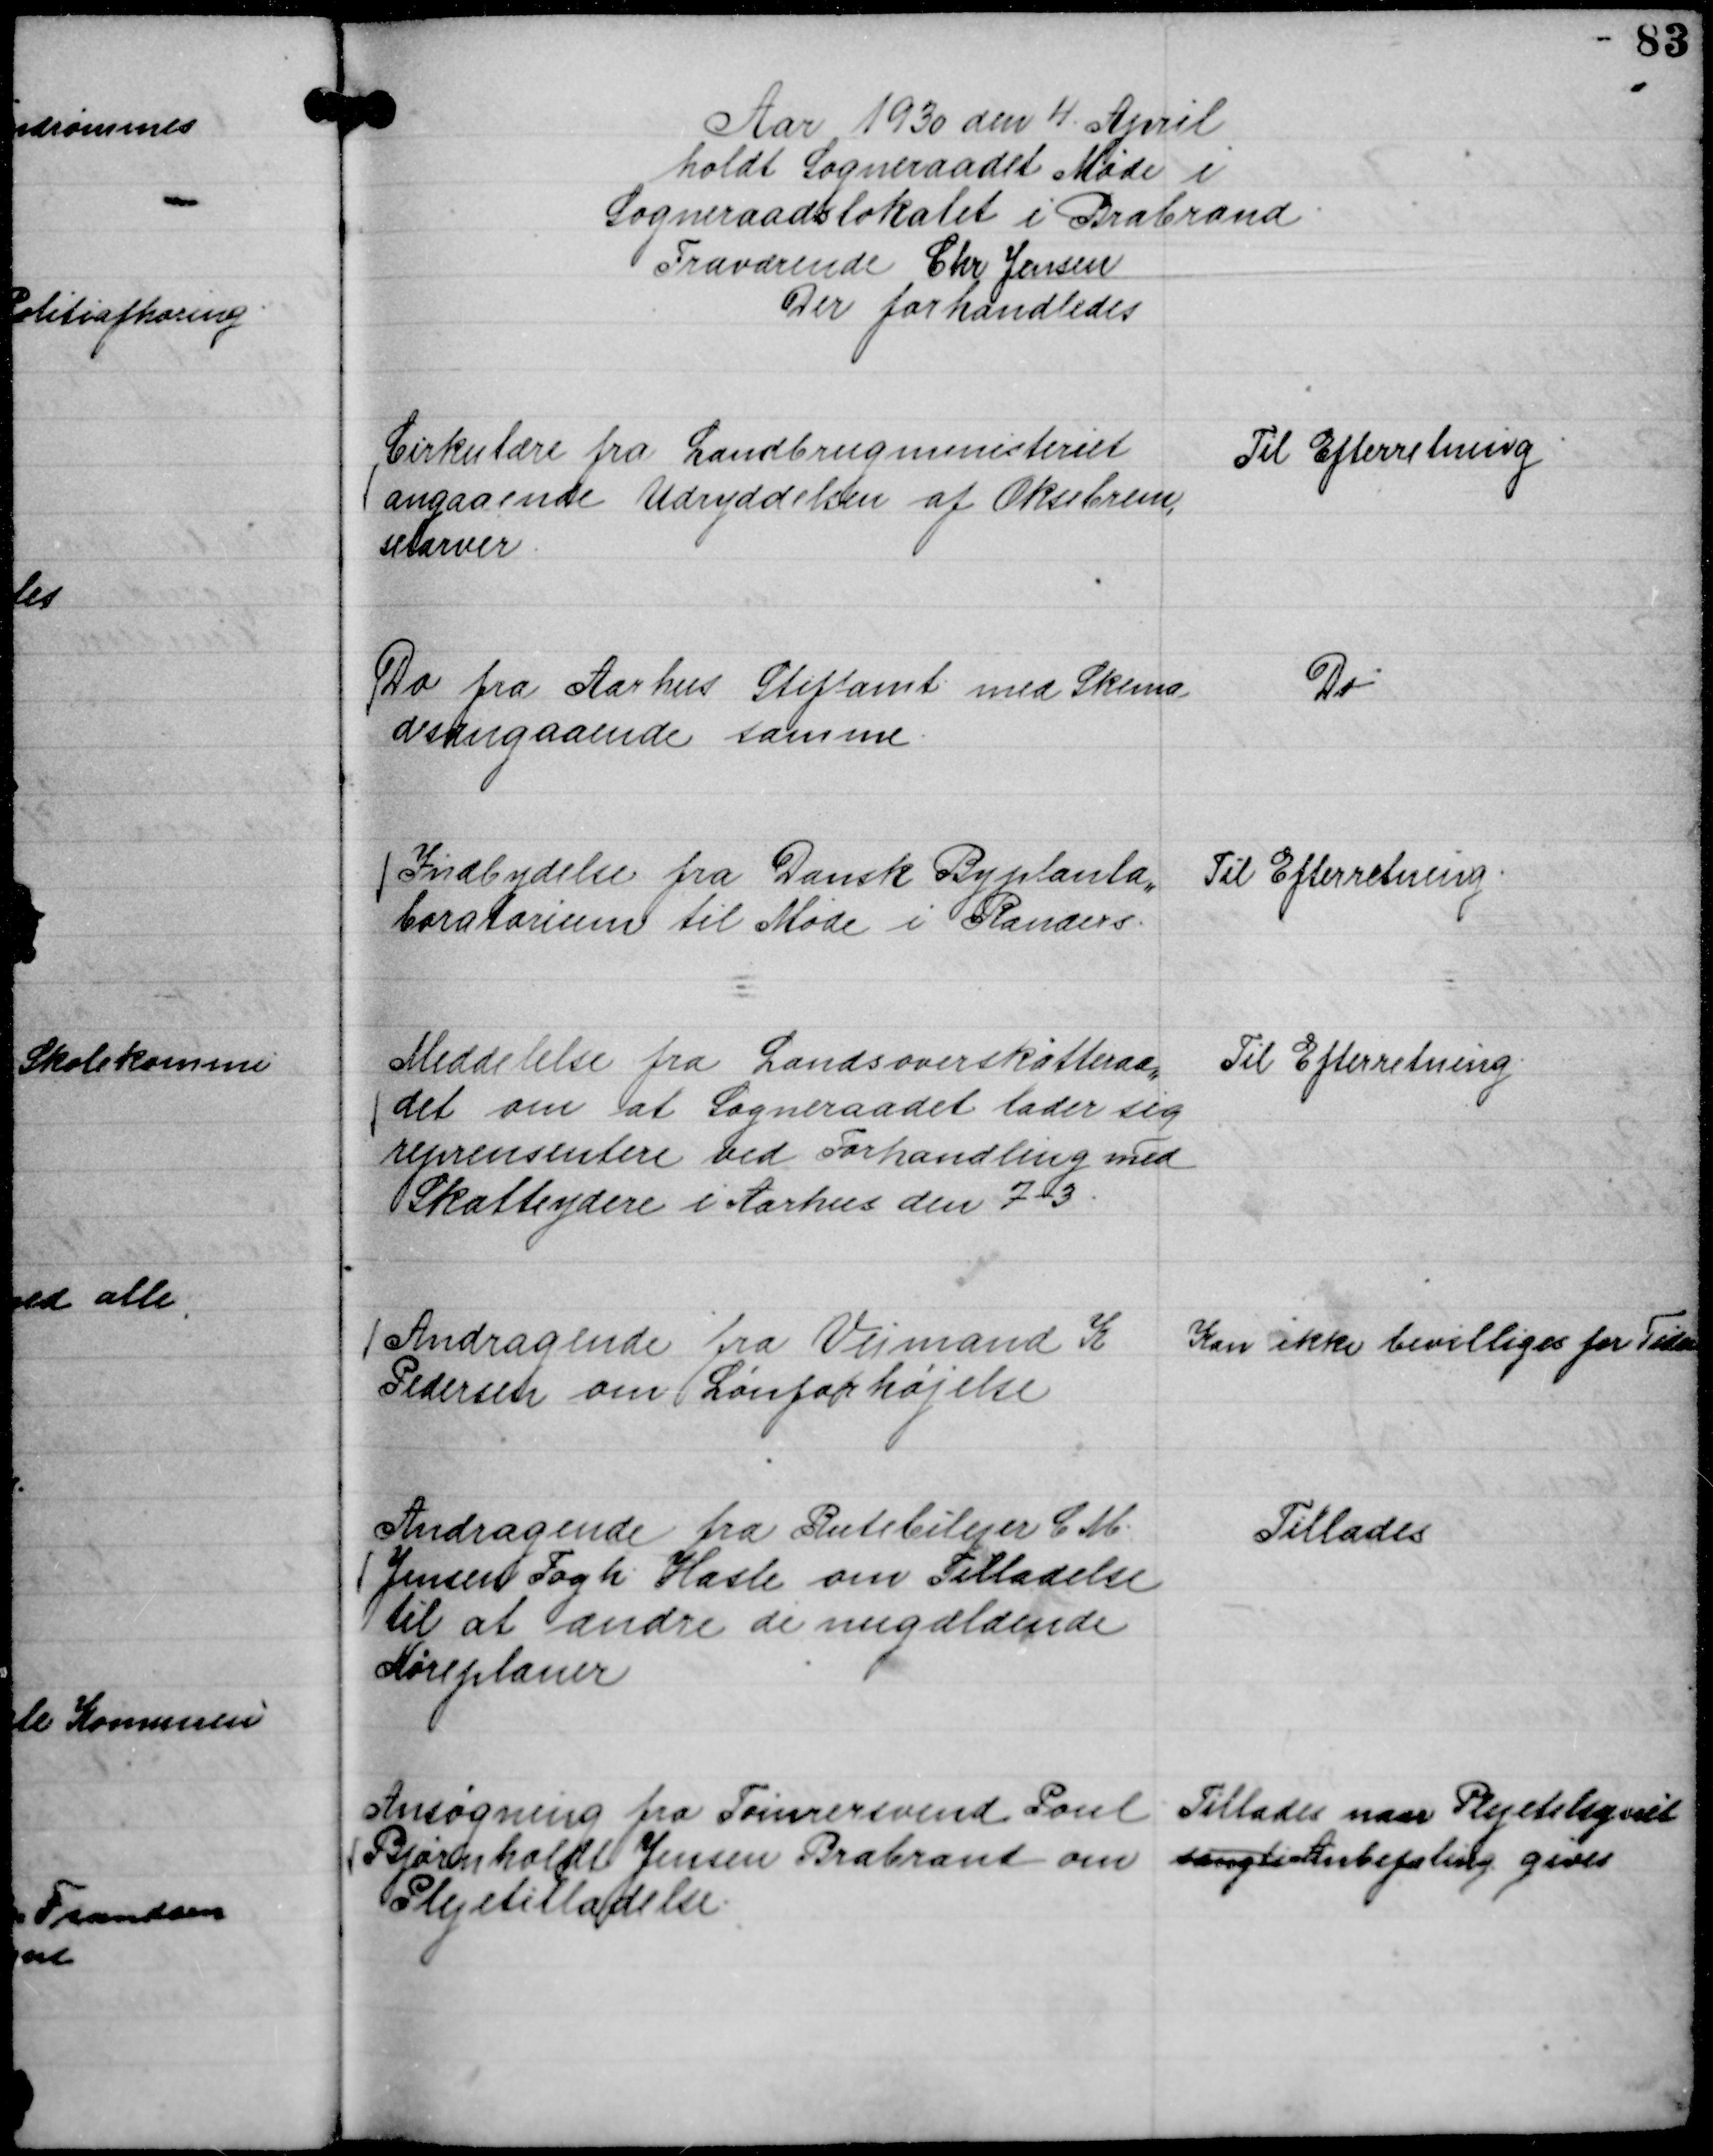
Transskription:
Aar 1930 den 4 April
holdt Sogneraadet Møde i
Sogneraadslokalet i Brabrand.
Fraværende Chr Jensen
Der forhandledes

Cirkulære fra Landbrugsministeriet
angaaende Udryddelsen af Oksebrem,
selarver.

Til Efterretning

Do fra Aarhus Stiftamt med Skema
desangaaende samme.

Do.

Indbydelse fra Dansk Byplanla,,
boratorium til Møde i Randers.

Til Efterretning.

Meddelelse fra Landsoverskatteraa,,
det om at Sogneraadet lader sig
reprensentere ved Forhandling med
Skatteydere i Aarhus den 7-3.

Til Efterretning.

Andragende fra Vejmand K
Pedersen om Lønforhøjelse

Kan ikke bevilliges for Tiden

Andragende fra Rutebilejer C M.
Jensen Fogh Hasle om Tilladelse
til at ændre de nugældende
Køreplaner

Tillades

Ansøgning fra Tømrersvend Poul
Bjørnholdt Jensen Brabrand om
Plejetilladelse.

Tillades naar Plejetilsynet
sangt Anbefaling gives